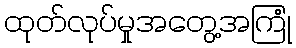
ထုတ်လုပ်မှုအတွေ့အကြုံ